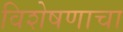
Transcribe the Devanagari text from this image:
विशेषणाचा